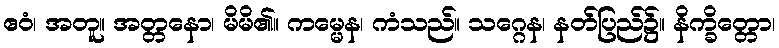
ဧဝံ၊ အတူ။ အတ္တနော၊ မိမိ၏။ ကမ္မေန၊ ကံသည်။ သဂ္ဂေန၊ နတ်ပြည်၌။ နိက္ခိတ္တော၊